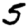
Digit: 5